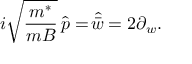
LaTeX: i \sqrt { \frac { m ^ { * } } { m B } } \, \widehat { p } = \widehat { \! \bar { w } } = 2 \partial _ { w } .